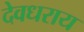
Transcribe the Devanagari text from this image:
देवधराय